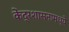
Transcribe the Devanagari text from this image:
केंद्रशासनामध्ये